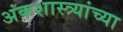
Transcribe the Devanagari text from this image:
अंकशास्त्र्यांच्या